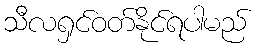
သီလရှင်ဝတ်နိုင်ရပါမည်